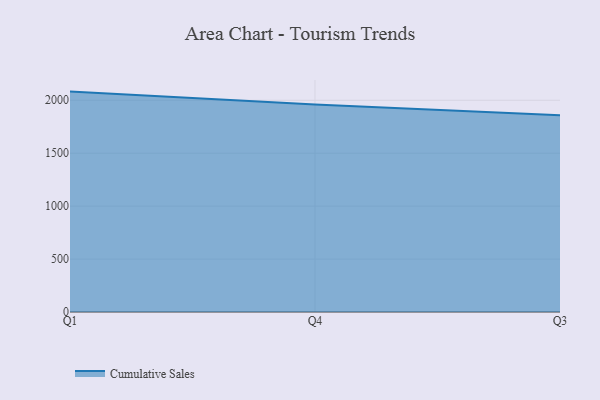
{"axis": {"x": "Quarter", "y": "Page Views"}, "legend": ["Cumulative Sales"], "data": [{"x": "Q1", "y": 2081.9, "type": "Cumulative Sales"}, {"x": "Q4", "y": 1961.0, "type": "Cumulative Sales"}, {"x": "Q3", "y": 1858.7, "type": "Cumulative Sales"}]}